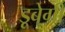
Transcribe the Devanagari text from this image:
डूबेगी